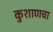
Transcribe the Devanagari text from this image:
कुशाणचा